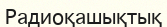
Радиоқашықтық